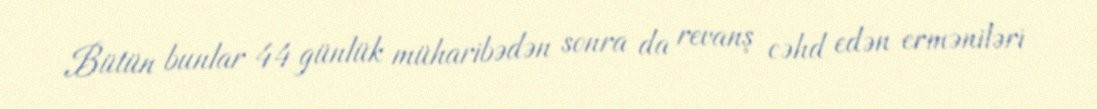
Bütün bunlar 44 günlük müharibədən sonra da revanş cəhd edən erməniləri